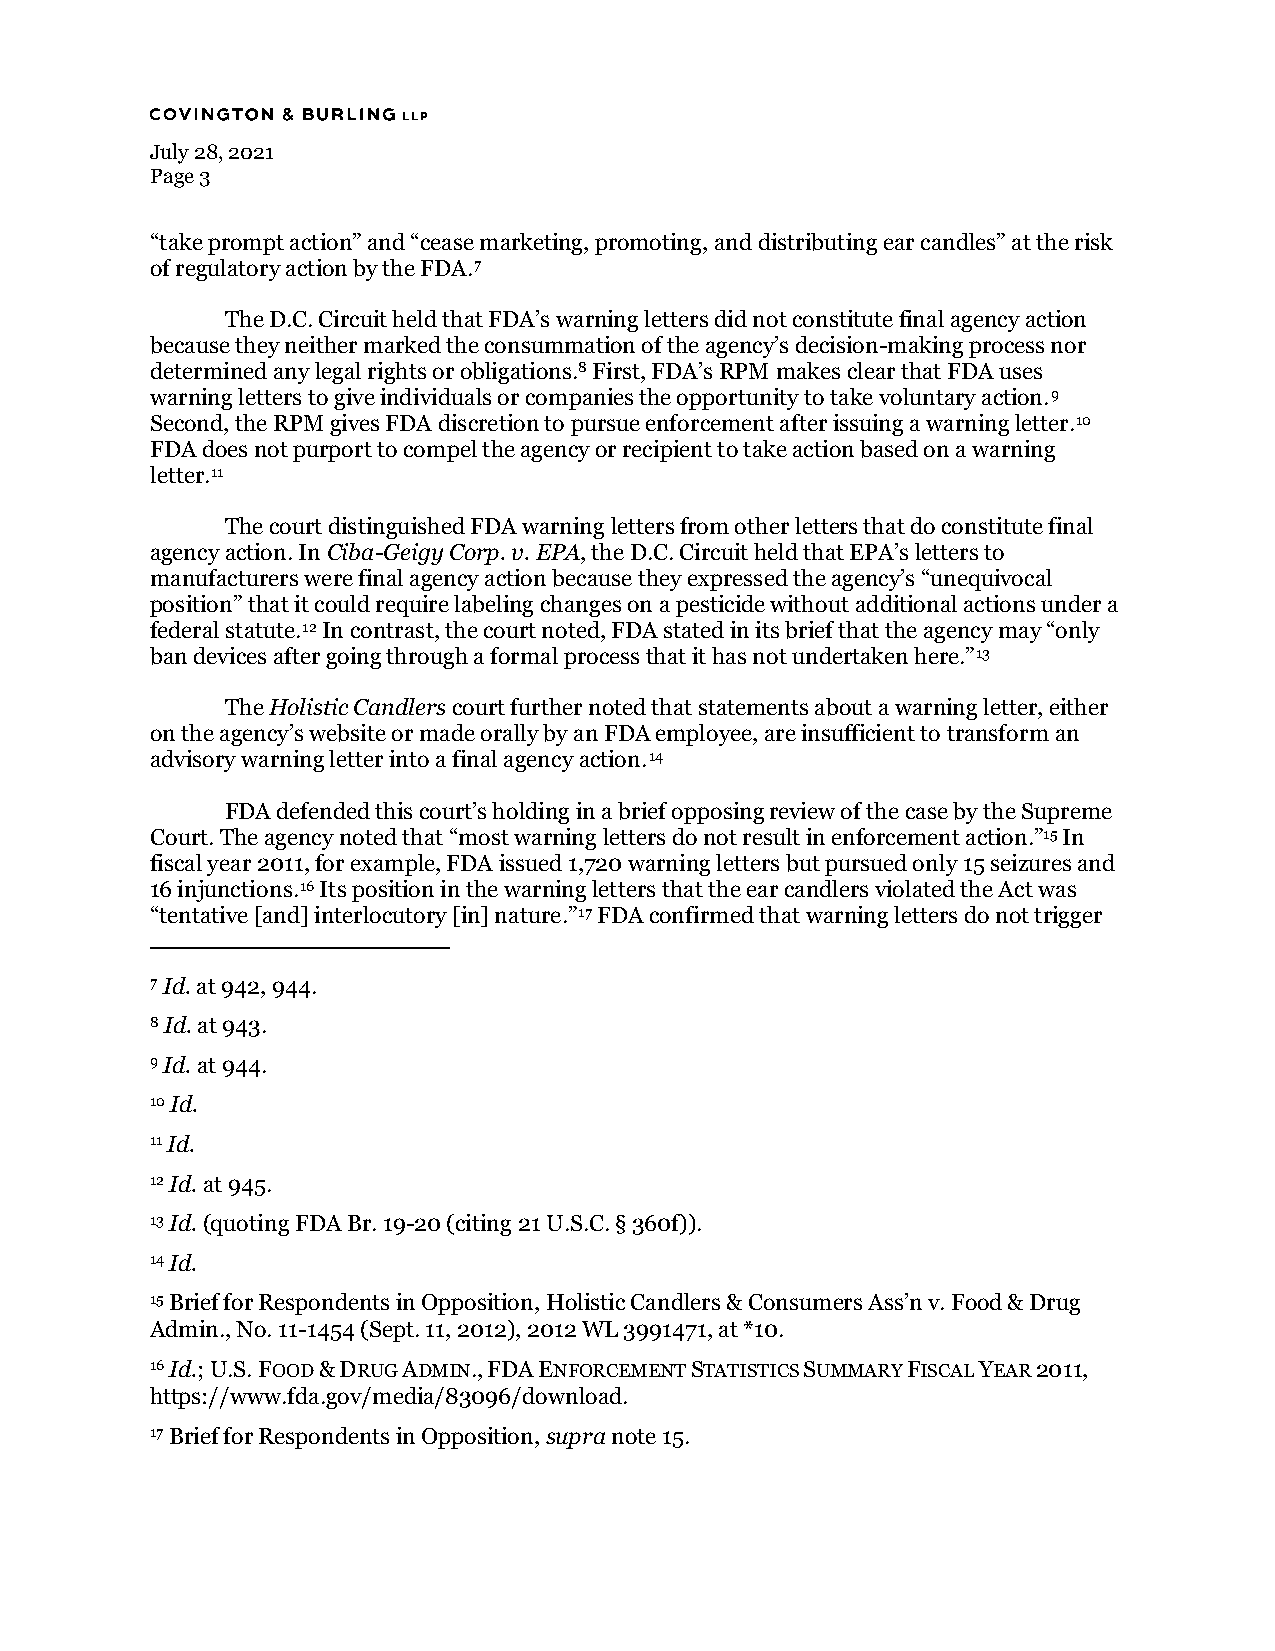
July 28, 2021
 Page 3
 “take prompt action” and “cease marketing, promoting, and distributing ear candles” at the risk
 of regulatory action by the FDA.7
 The D.C. Circuit held that FDA’s warning letters did not constitute final agency action
 because they neither marked the consummation of the agency’s decision-making process nor
 determined any legal rights or obligations.8 First, FDA’s RPM makes clear that FDA uses
 warning letters to give individuals or companies the opportunity to take voluntary action.9
 Second, the RPM gives FDA discretion to pursue enforcement after issuing a warning letter.10
 FDA does not purport to compel the agency or recipient to take action based on a warning
 letter.11
 The court distinguished FDA warning letters from other letters that do constitute final
 agency action. In Ciba-Geigy Corp. v. EPA, the D.C. Circuit held that EPA’s letters to
 manufacturers were final agency action because they expressed the agency’s “unequivocal
 position” that it could require labeling changes on a pesticide without additional actions under a
 federal statute.12 In contrast, the court noted, FDA stated in its brief that the agency may “only
 ban devices after going through a formal process that it has not undertaken here.”13
 The Holistic Candlers court further noted that statements about a warning letter, either
 on the agency’s website or made orally by an FDA employee, are insufficient to transform an
 advisory warning letter into a final agency action.14
 FDA defended this court’s holding in a brief opposing review of the case by the Supreme
 Court. The agency noted that “most warning letters do not result in enforcement action.”15 In
 fiscal year 2011, for example, FDA issued 1,720 warning letters but pursued only 15 seizures and
 16 injunctions.16 Its position in the warning letters that the ear candlers violated the Act was
 “tentative [and] interlocutory [in] nature.”17 FDA confirmed that warning letters do not trigger
 7 Id. at 942, 944.
 8 Id. at 943.
 9 Id. at 944.
 10 Id.
 11 Id.
 12 Id. at 945.
 13 Id. (quoting FDA Br. 19-20 (citing 21 U.S.C. § 360f)).
 14 Id.
 15 Brief for Respondents in Opposition, Holistic Candlers & Consumers Ass’n v. Food & Drug
 Admin., No. 11-1454 (Sept. 11, 2012), 2012 WL 3991471, at *10.
 16 Id.; U.S. FOOD & DRUG ADMIN., FDA ENFORCEMENT STATISTICS SUMMARY FISCAL YEAR 2011,
 https://www.fda.gov/media/83096/download.
 17 Brief for Respondents in Opposition, supra note 15.